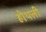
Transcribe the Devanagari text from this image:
होथली